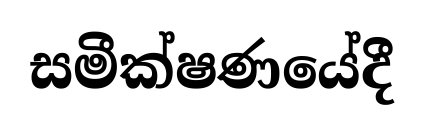
සමීක්ෂණයේදී